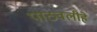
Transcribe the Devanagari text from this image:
पाठवलीहे